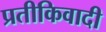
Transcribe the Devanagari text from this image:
प्रतीकिवादी